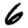
Digit: 6